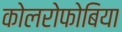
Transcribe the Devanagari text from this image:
कोलरोफोबिया